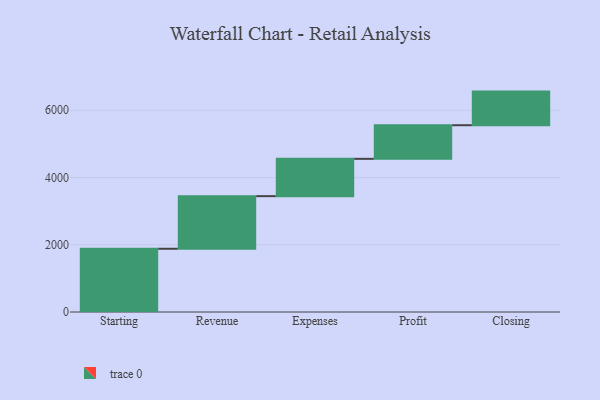
{"axis": {"x": "Step", "y": "Value"}, "legend": [""], "data": [{"x": "Starting", "y": 1881.0, "type": ""}, {"x": "Revenue", "y": 1565.0, "type": ""}, {"x": "Expenses", "y": 1110.0, "type": ""}, {"x": "Profit", "y": 1000, "type": ""}, {"x": "Closing", "y": 1000, "type": ""}]}